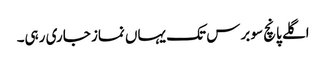
اگلے پانچ سو برس تک یہاں نماز جاری رہی۔